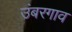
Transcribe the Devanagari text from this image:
उंबरगाव